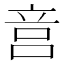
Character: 𥩶